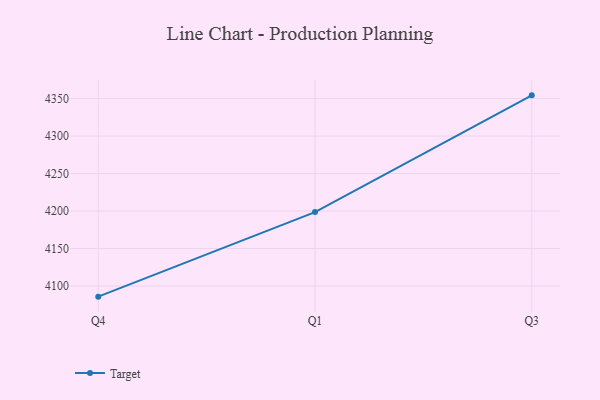
{"axis": {"x": "Quarter", "y": "Waste Production (Tons)"}, "legend": ["Target"], "data": [{"x": "Q4", "y": 4085.8, "type": "Target"}, {"x": "Q1", "y": 4198.6, "type": "Target"}, {"x": "Q3", "y": 4354.3, "type": "Target"}]}